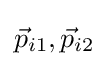
{\vec {p}}_{i1},{\vec {p}}_{i2}